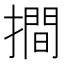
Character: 𢵧